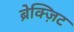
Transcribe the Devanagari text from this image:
ब्रेक्ज़िट